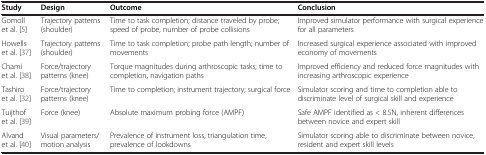
<table><thead><tr><td><b>Study</b></td><td><b>Design</b></td><td><b>Outcome</b></td><td><b>Conclusion</b></td></tr></thead><tbody><tr><td>Gomoll et al. [5]</td><td>Trajectory patterns (shoulder)</td><td>Time to task completion; distance traveled by probe; speed of probe, number of probe collisions</td><td>Improved simulator performance with surgical experience for all parameters</td></tr><tr><td>Howells et al. [37]</td><td>Trajectory patterns (shoulder)</td><td>Time to task completion; probe path length; number of movements</td><td>Increased surgical experience associated with improved economy of movements</td></tr><tr><td>Chami et al. [38]</td><td>Force/trajectory patterns (knee)</td><td>Torque magnitudes during arthroscopic tasks; time to completion, navigation paths</td><td>Improved efficiency and reduced force magnitudes with increasing arthroscopic experience</td></tr><tr><td>Tashiro et al. [32]</td><td>Force/trajectory patterns (knee)</td><td>Time to completion; instrument trajectory; surgical force</td><td>Simulator scoring and time to completion able to discriminate level of surgical skill and experience</td></tr><tr><td>Tuijthof et al. [39]</td><td>Force (knee)</td><td>Absolute maximum probing force (AMPF)</td><td>Safe AMPF identified as &lt; 8.5N, inherent differences between novice and expert skill</td></tr><tr><td>Alvand et al. [40]</td><td>Visual parameters/motion analysis</td><td>Prevalence of instrument loss, triangulation time, prevalence of lookdowns</td><td>Simulator scoring able to discriminate between novice, resident and expert skill levels</td></tr></tbody></table>